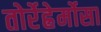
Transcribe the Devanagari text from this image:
तोर्रेह्रेर्मोसा